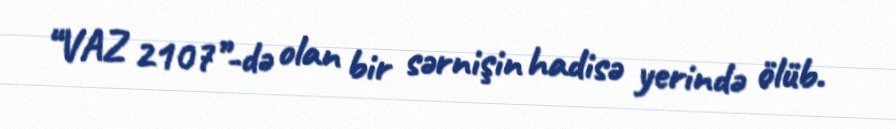
“VAZ 2107”-də olan bir sərnişin hadisə yerində ölüb.